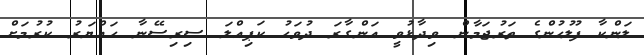
ލަންކާ ފުލުހުންގެ ތަރުޖަމާން ވިދާޅުވީ އަންގާރަ ދުވަހު ކަޕިއްލަ ސިރިސޭނާ ހައްޔަރު ކުރުމަށް